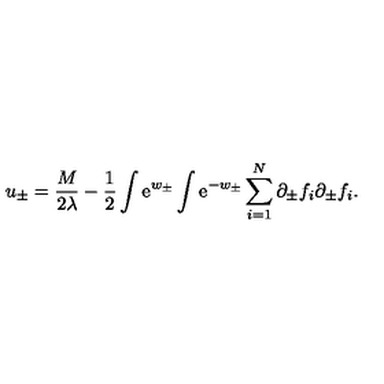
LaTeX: u _ { \pm } = { \frac { M } { 2 \lambda } } - { \frac { 1 } { 2 } } \int \mathrm { e } ^ { w _ { \pm } } \int \mathrm { e } ^ { - w _ { \pm } } \sum _ { i = 1 } ^ { N } \partial _ { \pm } f _ { i } \partial _ { \pm } f _ { i } .